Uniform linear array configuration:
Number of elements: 12
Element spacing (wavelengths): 0.25
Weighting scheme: binomial
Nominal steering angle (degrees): -60
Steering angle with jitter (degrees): -60.95
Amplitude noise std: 0.05
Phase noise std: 0.05

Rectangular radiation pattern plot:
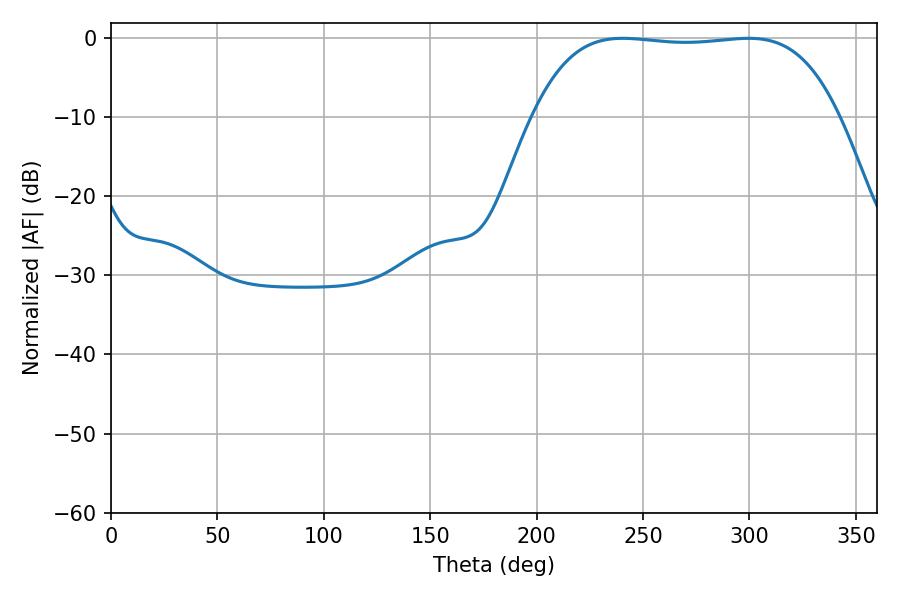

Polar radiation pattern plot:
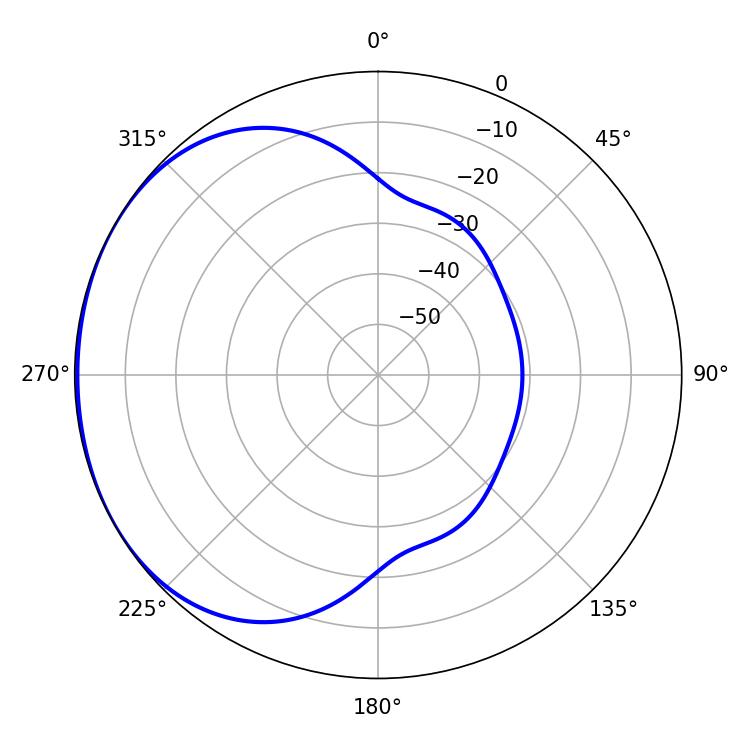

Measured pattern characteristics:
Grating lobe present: FALSE
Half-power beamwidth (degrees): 112.32
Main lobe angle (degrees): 240.48